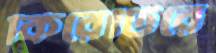
কিরেটিরে